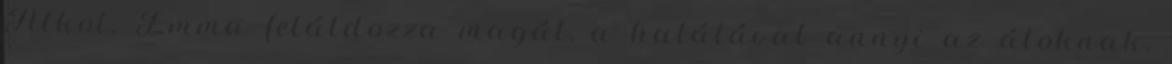
Átkot. Emma feláldozza magát, a halálával annyi az átoknak,